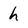
Character: h